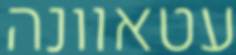
עטאוונה